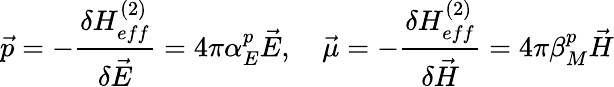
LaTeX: \vec{p}=-{\frac{\delta H_{eff}^{(2)}}{\delta\vec{E}}}=4\pi\alpha_{E}^{p}\vec{E},\quad\vec{\mu}=-{\frac{\delta H_{eff}^{(2)}}{\delta\vec{H}}}=4\pi\beta_{M}^{p}\vec{H}